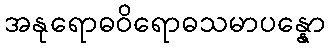
အနုရောဓဝိရောဓသမာပန္နော